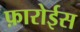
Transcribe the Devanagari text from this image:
फ़ारोईस